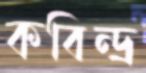
কবিন্দ্র